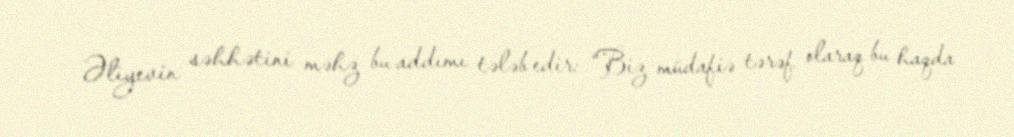
Əliyevin səhhətini məhz bu addımı tələb edir: “Biz müdafiə tərəf olaraq bu haqda